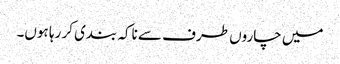
میں چاروں طرف سے ناکہ بندی کر رہا ہوں۔